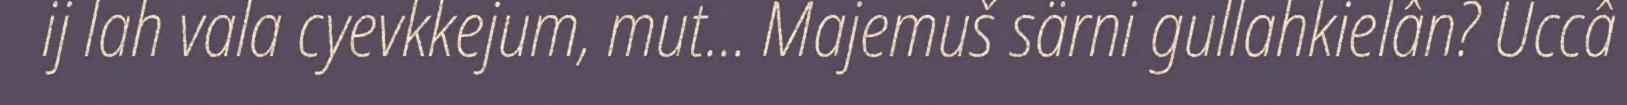
ij lah vala cyevkkejum, mut... Majemuš särni gullahkielân? Uccâ